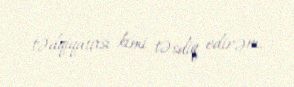
tədqiqatçısı kimi təsdiq edirəm.